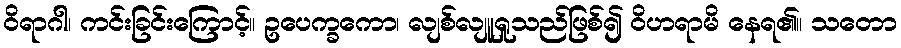
ဝိရာဂါ၊ ကင်းခြင်းကြောင့်။ ဥပေက္ခကော၊ လျစ်လျူရှုသည်ဖြစ်၍ ဝိဟရာမိ နေရ၏။ သတော